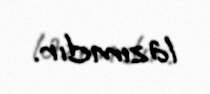
lazımdır.